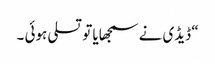
“ ڈیڈی نے سمجھایا تو تسلی ہوئی ۔